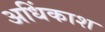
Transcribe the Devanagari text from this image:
अधिंकाश